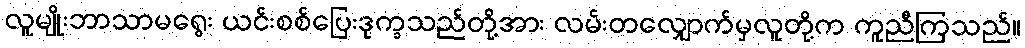
လူမျိုးဘာသာမရွေး ယင်းစစ်ပြေးဒုက္ခသည်တို့အား လမ်းတလျှောက်မှလူတို့က ကူညီကြသည်။